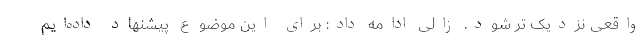
واقعی نزدیک تر شود. زالی ادامه داد: برای این موضوع پیشنهاد داده‌ایم